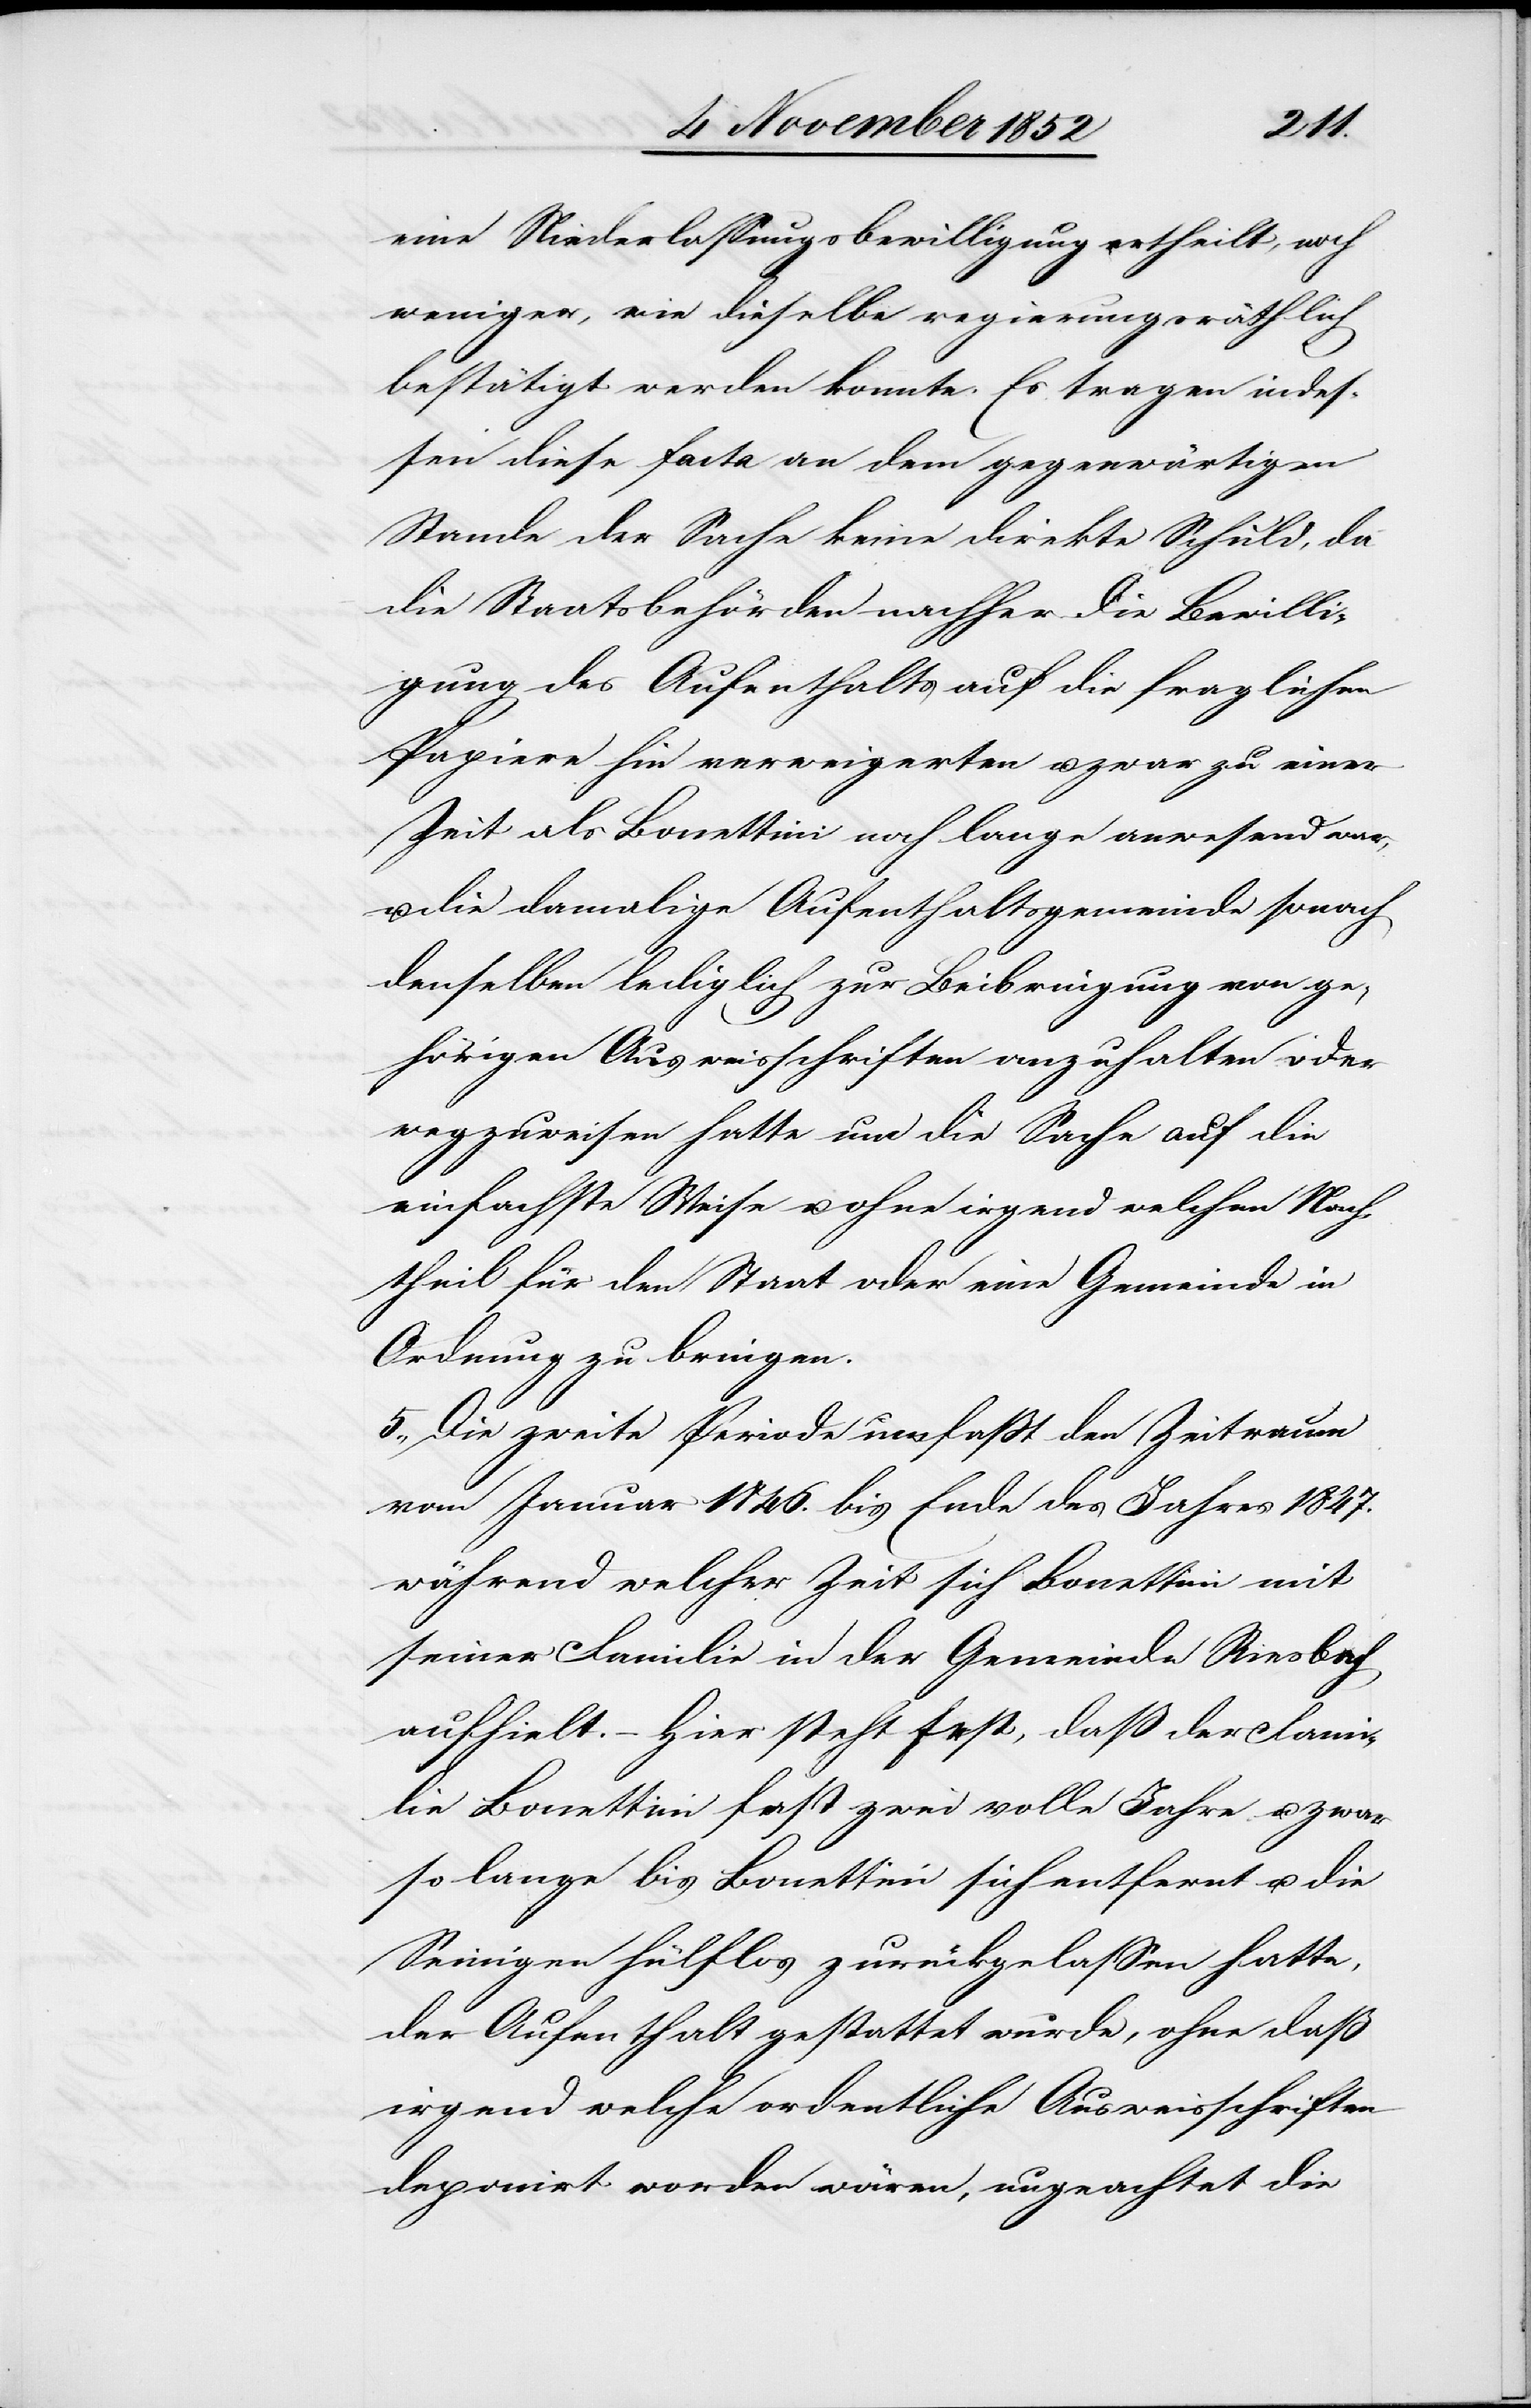
eine Niederlassungsbewilligung ertheilt, noch
weniger, wie dieselbe regierungsräthlich
bestätigt werden konnte. Es tragen indes¬
sen diese facta an dem gegenwärtigen
Stande der Sache keine direkte Schuld, da
die Staatsbehörden nachher die Bewilli¬
gung des Aufenthalts auf die fraglichen
Papiere hin verweigerten u. zwar zu einer
Zeit als Bonettini noch lange anwesend war,
u. die damalige Aufenthaltsgemeinde sonach
denselben lediglich zur Beibringung von ge¬
hörigen Ausweisschriften anzuhalten oder
wegzuweisen hatte um die Sache auf die
einfachste Weise u. ohne irgend welchen Nach¬
theil für den Staat oder eine Gemeinde in
Ordnung zu bringen.
5., Die zweite Periode umfaßt den Zeitraum
vom Januar 1846. bis Ende des Jahres 1847.
während welcher Zeit sich Bonettini mit
seiner Familie in der Gemeinde Riesbach
aufhielt. – Hier steht fest, daß der Fami¬
lie Bonettini fast zwei volle Jahre u. zwar
so lange bis Bonettini sich entfernt u. die
Seinigen hülflos zurückgelassen hatte,
der Aufenthalt gestattet wurde, ohne daß
irgend welche ordentliche Ausweisschriften
deponirt worden wären, ungeachtet die